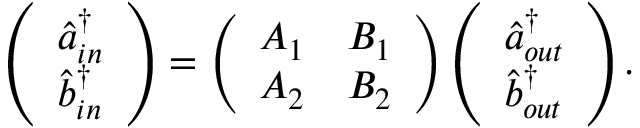
\left( \begin{array} { l } { \hat { a } _ { i n } ^ { \dagger } } \\ { \hat { b } _ { i n } ^ { \dagger } } \end{array} \right) = \left( \begin{array} { l l } { A _ { 1 } } & { B _ { 1 } } \\ { A _ { 2 } } & { B _ { 2 } } \end{array} \right) \left( \begin{array} { l } { \hat { a } _ { o u t } ^ { \dagger } } \\ { \hat { b } _ { o u t } ^ { \dagger } } \end{array} \right) .